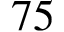
7 5